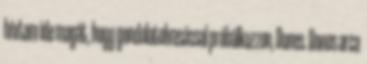
hívtam ide magát, hogy gondolatolvasással próbálkozzon, Donos. Donos arca